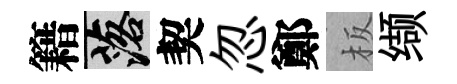
籍落契忽鄭板缬